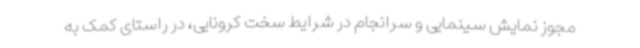
مجوز نمایش سینمایی و سرانجام در شرایط سخت کرونایی، در راستای کمک به